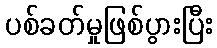
ပစ်ခတ်မှုဖြစ်ပွားပြီး